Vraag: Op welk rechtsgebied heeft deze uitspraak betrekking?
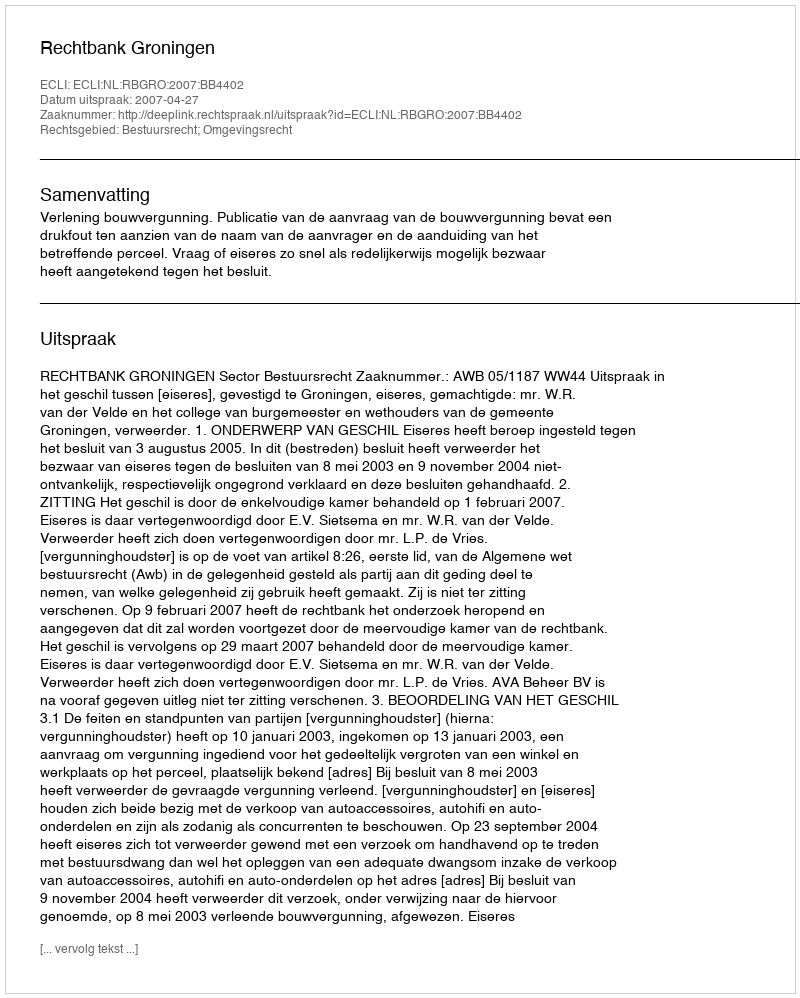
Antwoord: Bestuursrecht; Omgevingsrecht